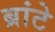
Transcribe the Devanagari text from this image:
ब्रांटे